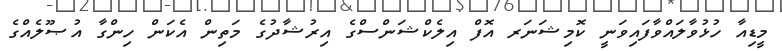
މީޑިއާ ހުޅުވާލައްވާފައިވަނީ ކޮމިޝަނަރ އޮފް އިލެކްޝަންސްގެ އިރުޝާދުގެ މަތިން އެކަން ހިންގާ އުޞޫލެއްގެ